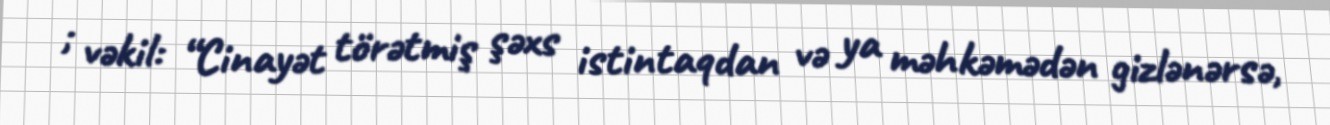
; vəkil: “Cinayət törətmiş şəxs istintaqdan və ya məhkəmədən gizlənərsə,